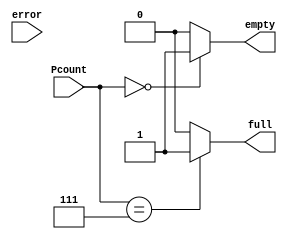
module Flags (full,empty,error,Pcount); 
	input [2:0] Pcount;
	input error; 
	output reg full,empty;
	
  always @ (Pcount,error)
  begin
		$display ("There are %d people waiting to be served..",Pcount); //# of people standing
		case (Pcount)
		3'b000:  
			begin 
			if(error) $display("Error Room is empty .. no one can leave ._."); //someone entered from the front gate 
			full = 0;
			empty = 1;
			end 
		3'b111: 
			begin 
			if(error) $display("Error Room is full .. no one can enter ._."); //FULL
			full = 1;
			empty = 0;
			end 
		default: 
			begin
				full = 0;
				empty = 0;
			end 
		endcase
	end

  
endmodule